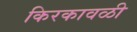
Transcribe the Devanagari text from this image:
किरकावळी